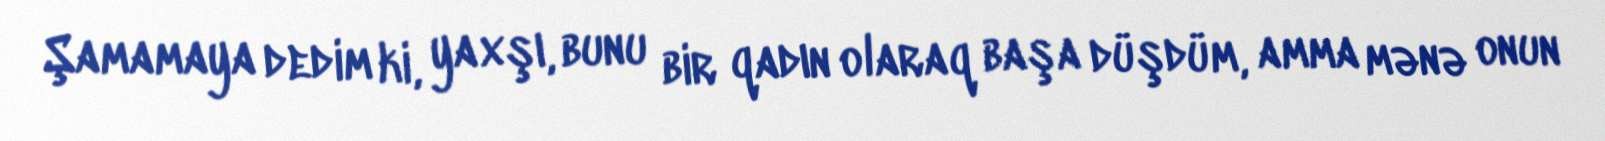
Şamamaya dedim ki, yaxşı, bunu bir qadın olaraq başa düşdüm, amma mənə onun